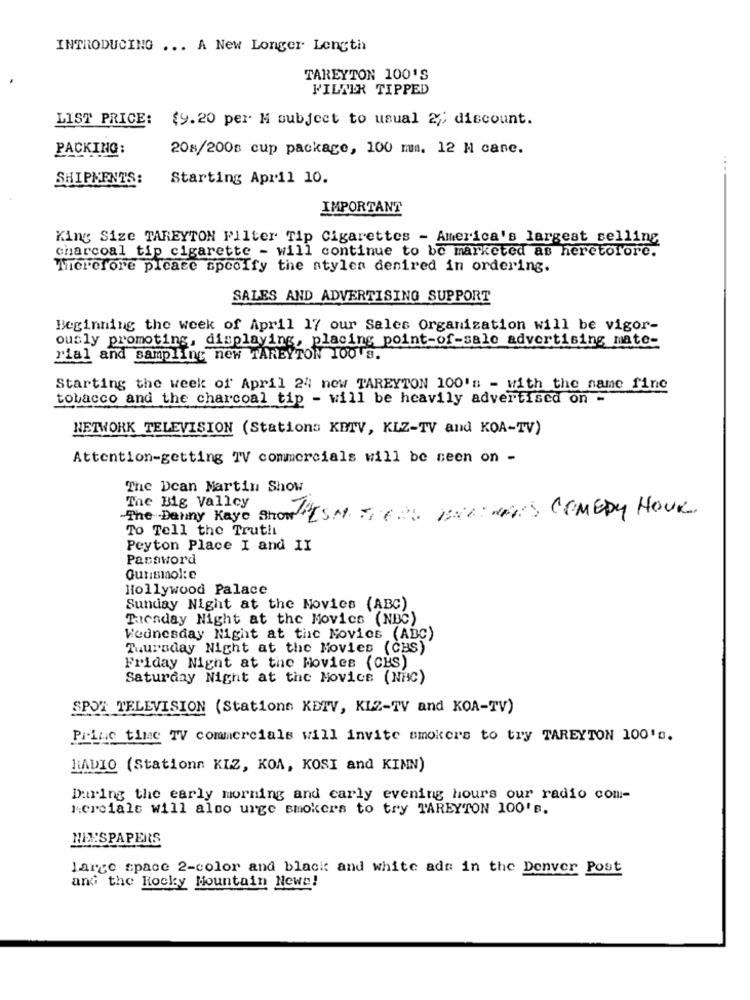
INTRODUCING ... A New Longer Length
TAREYTON 100'S
FILMER TIPPED
LIST PRICE: $9.20 per M subject to usual 2/: discount.
PACKING:
208/200s cup package, 100 mm. 12 H cane.
SHIPMENTS:
Starting April 10.
IMPORTANT
King Size TAREYTON Filter Tip Cigarettes - America's largest selling
charcoal tip cigarette - will continue to be marketed as heretofore.
Therefore please specify the styles denired in ordering.
SALES AND ADVERTISING SUPPORT
Beginning the week of April 17 our Sales Organization will be vigor-
ously promoting, displaying, placing point-of-sale advertising mate-
rial and sampling new TAREYTON 100'S.
Starting the week of April 24 now TAREYTON 100's - with the same fine
tobacco and the charcoal tip - will be heavily advertised on -
NETWORK TELEVISION (Stations KETV, KLZ-TV and KOA-TV)
Attention-getting TV commercials will be seen on -
The Dean Martin Show
The Big Vallcy
The Danny Kaye show ISM TIERS FIND WAYS COMEDY HOUR
To Tell the Truth
Peyton Place I and II
Password
Gurismole
Hollywood Palace
Sunday Night at the Movies (ABC)
Tuesday Night at the Movies (NBC)
Wednesday Night at the Movies (ABC)
Thursday Night at the Movies (CBS)
Friday Night at the Movies (CES)
Saturday Night at the Movice (NHC)
SPOT TELEVISION (Stations KETV, KL2-TV and KOA-TV)
Princ time TV commercials will invite smokers to try TAREYTON 100'G.
RADIO (Stationn KIZ, KOA, KOSI and KINN)
During the early morning and early evening hours our radio com-
Mercials will also urge smokers to try TAREYTON 100'B.
HEESPAPERS
large space 2-color and black and white ads in the Denver Post
and the Rocky Mountain News!